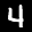
Label: 4